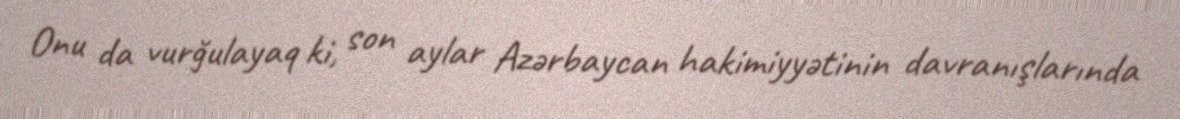
Onu da vurğulayaq ki, son aylar Azərbaycan hakimiyyətinin davranışlarında